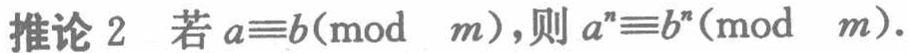
推论 2 若 \(a\equiv b(\bmod\ m)\)，则 \(a^{n}\equiv b^{n}(\bmod\ m)\)。